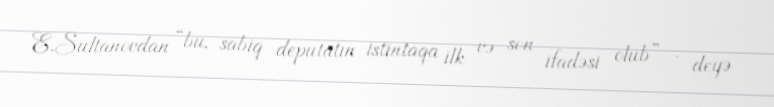
E.Sultanovdan “bu, sabiq deputatın istintaqa ilk və son ifadəsi olub” - deyə